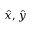
{ \hat { x } } , { \hat { y } }